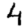
Digit: 4